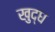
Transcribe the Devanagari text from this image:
खुद्ध